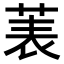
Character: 𫈒